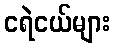
ငရဲငယ်များ